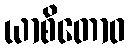
ယာစိတောဝ